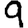
Digit: 9